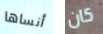
أنساها كان